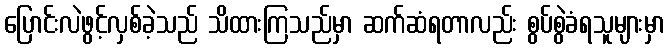
ပြောင်းလဲဖွင့်လှစ်ခဲ့သည် သိထားကြသည်မှာ ဆက်ဆံရတာလည်း စွပ်စွဲခံရသူများမှာ